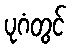
ပုဂံတွင်